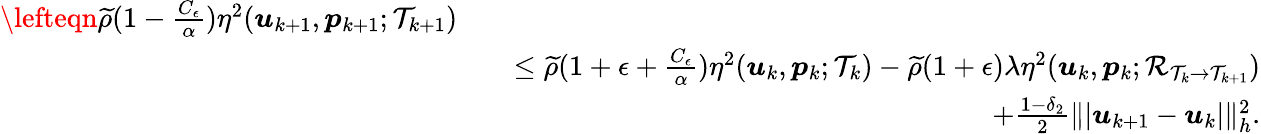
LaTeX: \begin{array}{rlr}{\lefteqn{\widetilde{\rho}(1-\frac{C_{\epsilon}}{\alpha})\eta^{2}(\boldsymbol{u}_{k+1},\boldsymbol{p}_{k+1};\mathcal{T}_{k+1})}}\\ &{}&{\leq\widetilde{\rho}(1+\epsilon+\frac{C_{\epsilon}}{\alpha})\eta^{2}(\boldsymbol{u}_{k},\boldsymbol{p}_{k};\mathcal{T}_{k})-\widetilde{\rho}(1+\epsilon)\lambda\eta^{2}(\boldsymbol{u}_{k},\boldsymbol{p}_{k};\mathcal{R}_{\mathcal{T}_{k}\rightarrow\mathcal{T}_{k+1}})}\\ &{}&{\quad+\frac{1-\delta_{2}}{2}\| \vert\boldsymbol{u}_{k+1}-\boldsymbol{u}_{k}\vert\| _{h}^{2}.}\end{array}